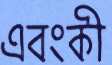
এবংকী